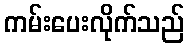
ကမ်းပေးလိုက်သည်